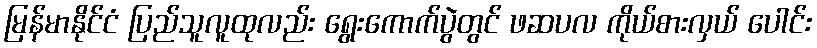
မြန်မာနိုင်ငံ ပြည်သူလူထုလည်း ရွေးကောက်ပွဲတွင် ဖဆပလ ကိုယ်စားလှယ် ပေါင်း